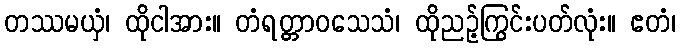
တဿမယှံ၊ ထိုငါအား။ တံရတ္တာဝသေသံ၊ ထိုညဉ့်ကြွင်းပတ်လုံး။ ဧတံ၊